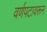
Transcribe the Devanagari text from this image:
वर्णपटावरून